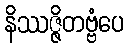
နိဿဇ္ဇိတဗ္ဗံပေ